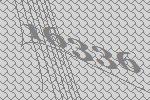
16336